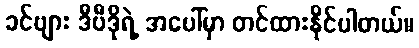
ခင်ဗျား ဒီဗီဒိုရဲ့ အပေါ်မှာ တင်ထားနိုင်ပါတယ်။